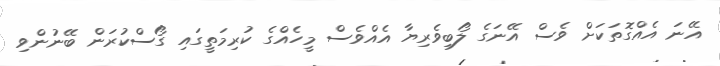
އޭނަ އެއްގޮތަކަށް ވެސް އޭނަގެ ލޯބިވެރިޔާ އެއްވެސް މީހެއްގެ ކުރިމަތީގައި ގޯސްކުރަން ބޭނުންވި